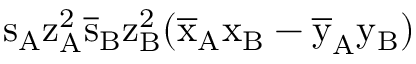
\mathrm { s _ { A } \mathrm { z _ { A } ^ { 2 } \mathrm { \overline { { s } } _ { B } \mathrm { z _ { B } ^ { 2 } ( \mathrm { \overline { { x } } _ { A } \mathrm { x _ { B } - \mathrm { \overline { { y } } _ { A } \mathrm { y _ { B } ) } } } } } } } }